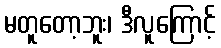
မတူတော့ဘူး၊ ဒီလူကြောင့်